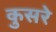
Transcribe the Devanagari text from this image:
कुसरे